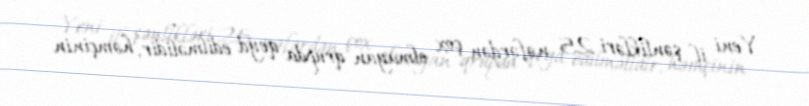
Yeni il şənlikləri 25 nəfərdən çox olmayan qrupda qeyd edilməlidir, həmçinin